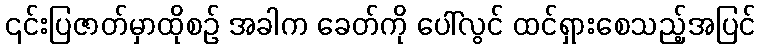
၎င်းပြဇာတ်မှာထိုစဉ် အခါက ခေတ်ကို ပေါ်လွင် ထင်ရှားစေသည့်အပြင်